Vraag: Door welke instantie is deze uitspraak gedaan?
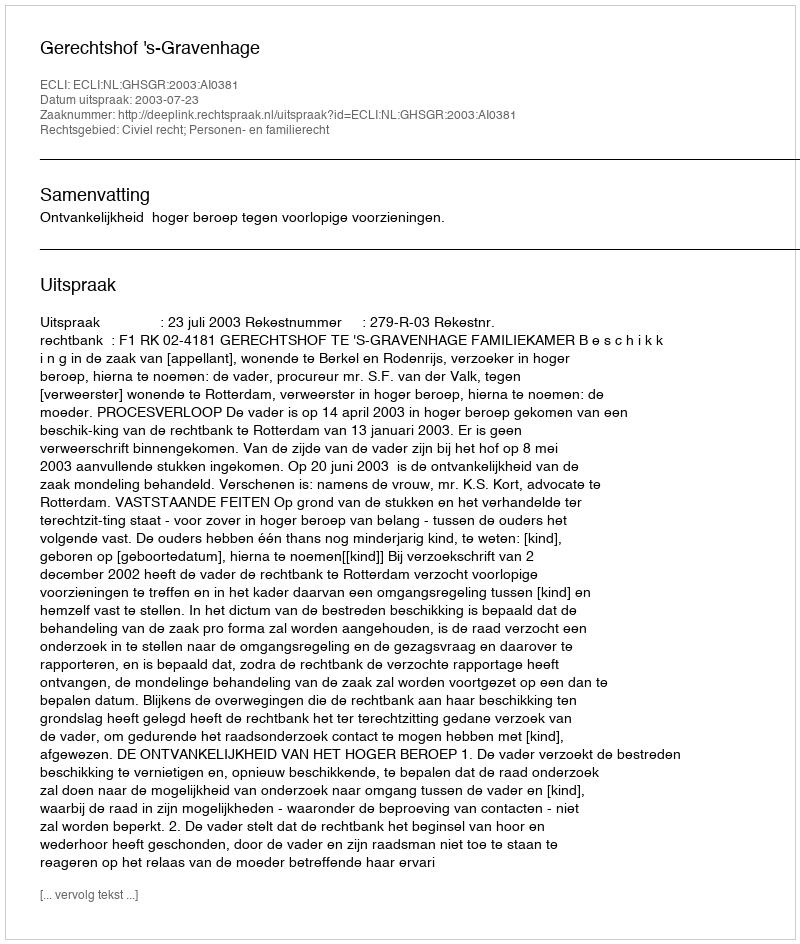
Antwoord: Gerechtshof 's-Gravenhage